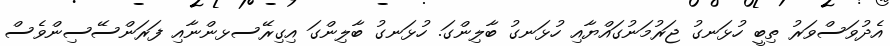
އެދުވަސްވަރު ތިބީ ހުޅަނގު ޖަރުމަނުގައްޔާއި ހުޅަނގު ބާލިންގަ. ހުޅަނގު ބާލިންގަ އިގިރޭސޅންނާއި ފަރަންސޭސިންވެސް